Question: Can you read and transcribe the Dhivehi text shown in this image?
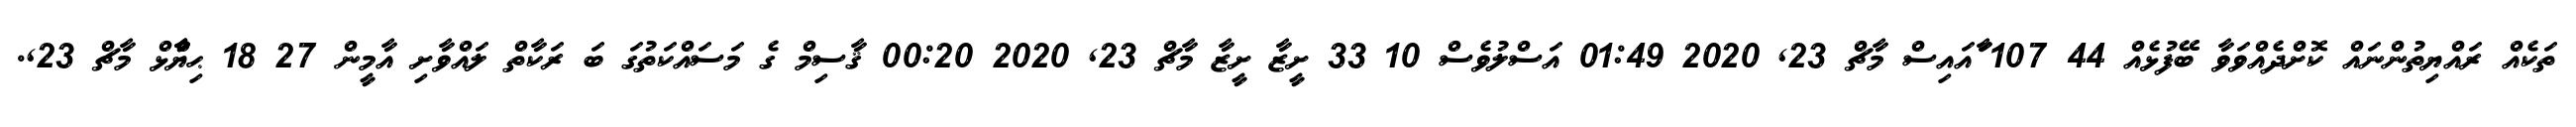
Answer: ތަކެއް ރައްޔިތުންނައް ކޮށްދެއްވަވާ ބޭފުޅެއް 44 107 ާައައިސް މާޗް 23, 2020 01:49 އަސްލުވެސް 10 33 ށީޒާ ށީޒާ މާޗް 23, 2020 00:20 ޤާސިމް ގެ މަސައްކަތުގަ ބަ ރަކާތް ލައްވާށި އާމީން 27 18 ޙިޔާާްްޅް މާޗް 23,.